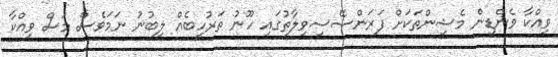
ވިއްކާ ވެންޑިން މެޝިންތަކަށް ފަރަންސޭސިވިލާތުގައި ހޫނު ތަރުހީބެއް ލިބުނު ނަމަވެސް މަސް ވިއްކާ